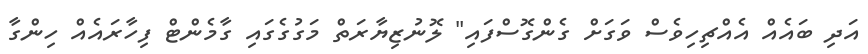
އަދި ބައެއް އެއްޗިހިވެސް ވަގަށް ގެންގޮސްފައި" ލޮނުޒިޔާރަތް މަގުގެގައި ގާމެންޓް ފިހާރައެއް ހިންގާ